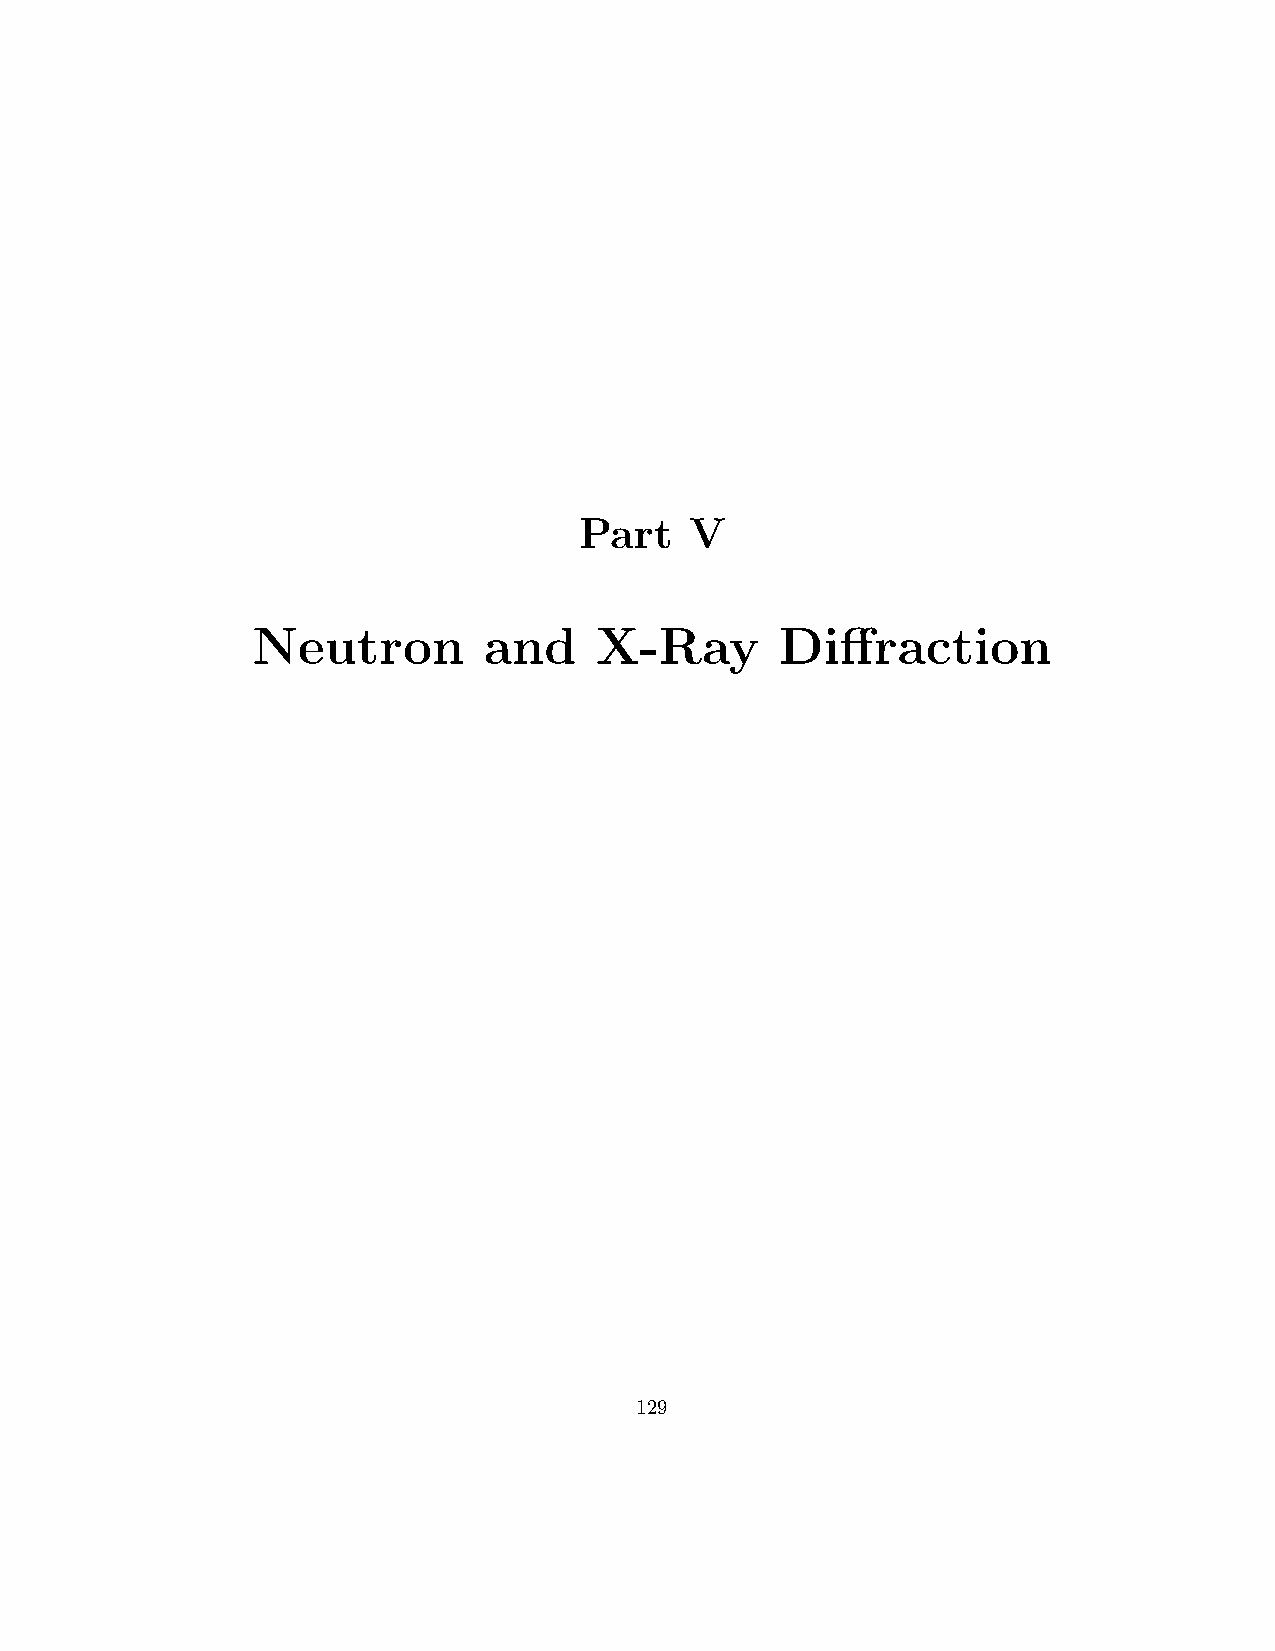
Part    V
 Neutron        and    X-Ray        Diffraction
 129